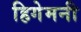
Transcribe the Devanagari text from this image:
हिगेमनी